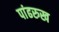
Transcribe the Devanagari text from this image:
पांढरुख